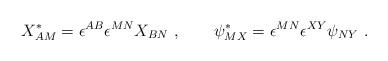
LaTeX: \begin{align*}X_{AM}^* = \epsilon^{AB} \epsilon^{MN} X_{BN}\ , \qquad\psi_{MX}^* = \epsilon^{MN} \epsilon^{XY} \psi_{NY}\ .\end{align*}